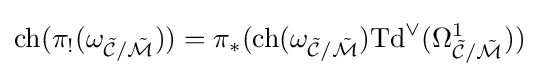
\mathrm {ch} (\pi _{!}(\omega _{{\tilde {\mathcal {C}}}/{\tilde {\mathcal {M}}}}))=\pi _{*}(\mathrm {ch} (\omega _{{\tilde {\mathcal {C}}}/{\tilde {\mathcal {M}}}})\mathrm {Td} ^{\vee }(\Omega _{{\tilde {\mathcal {C}}}/{\tilde {\mathcal {M}}}}^{1}))